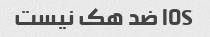
IOS ضد هک نیست